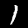
Label: 1